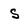
Character: s